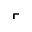
\ulcorner